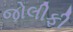
જોલીફી